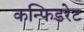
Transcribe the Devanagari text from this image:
कन्फिडरेट